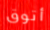
أتوق